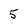
Character: 5